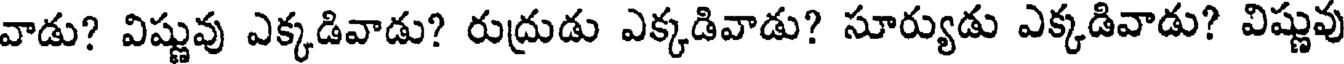
వాడు? విష్ణువు ఎక్కడివాడు? రుద్రుడు ఎక్కడివాడు? సూర్యుడు ఎక్కడివాడు? విష్ణువు